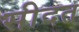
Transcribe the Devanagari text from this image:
सीदत